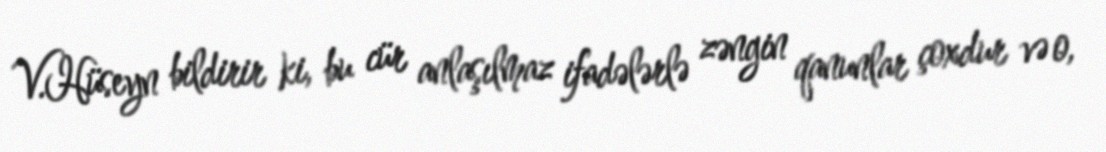
V.Hüseyn bildirir ki, bu cür anlaşılmaz ifadələrlə zəngin qanunlar çoxdur və o,